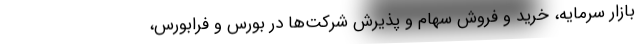
بازار سرمایه، خرید و فروش سهام و پذیرش شرکت‌ها در بورس و فرابورس،